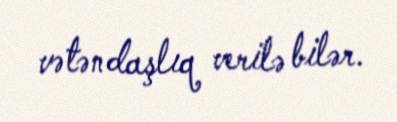
vətəndaşlıq verilə bilər.